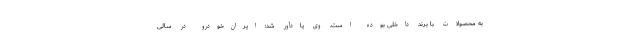
به محصولات با برند داخلی بوده است. وی یادآور شد: ایران‌خودرو در سالی